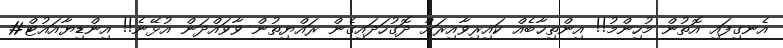
އެނގިފައި އޮތުން މުހިންމު!! އިންތިޚާބެއް ކައިރިވާއިރަށް ދޮގުހަދައިގެން ރައްޔިތުން ވާވައްދަން އުޅޭނެ!! އިންޑިޔާއައުޓް#